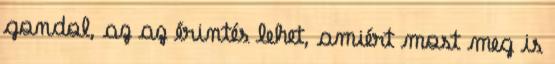
gondol, az az érintés lehet, amiért most meg is